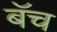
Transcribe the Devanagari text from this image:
बॅच